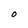
Character: O